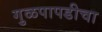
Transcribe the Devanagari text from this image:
गुळपापडीचा